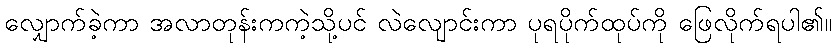
လျှောက်ခဲ့ကာ အလာတုန်းကကဲ့သို့ပင် လဲလျောင်းကာ ပုရပိုက်ထုပ်ကို ဖြေလိုက်ရပါ၏။